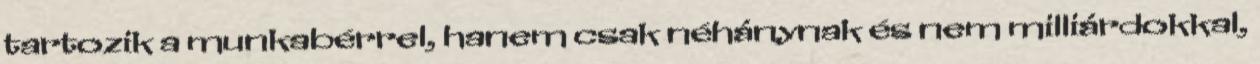
tartozik a munkabérrel, hanem csak néhánynak és nem milliárdokkal,